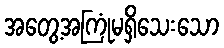
အတွေ့အကြုံမရှိသေးသော